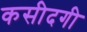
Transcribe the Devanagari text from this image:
कसीदगी